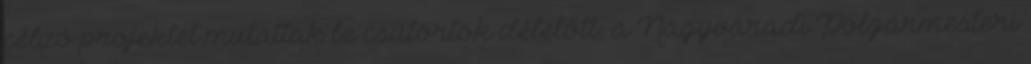
célzó projektet mutattak be csütörtök délelőtt, a Nagyváradi Polgármesteri